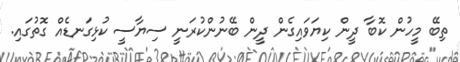
ތިބޭ މީހުން ކޮބާ ދީން ކިޔަވައިގެން ދީން ބޭނުންކުރަނީ ސިޔާސީ ކުޅިގަނޑެއް ގޮތުގައި.